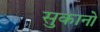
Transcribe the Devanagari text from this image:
सुकानो